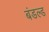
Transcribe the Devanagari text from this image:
बंडल्ड